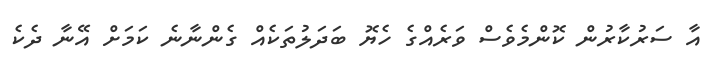
އާ ސަރުކާރުން ކޮންމެވެސް ވަރެއްގެ ހެޔޮ ބަދަލުތަކެއް ގެންނާނެ ކަމަށް އޭނާ ދެކެ